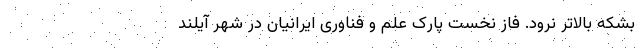
بشکه بالاتر نرود. فاز نخست پارک علم و فناوری ایرانیان در شهر آیلند